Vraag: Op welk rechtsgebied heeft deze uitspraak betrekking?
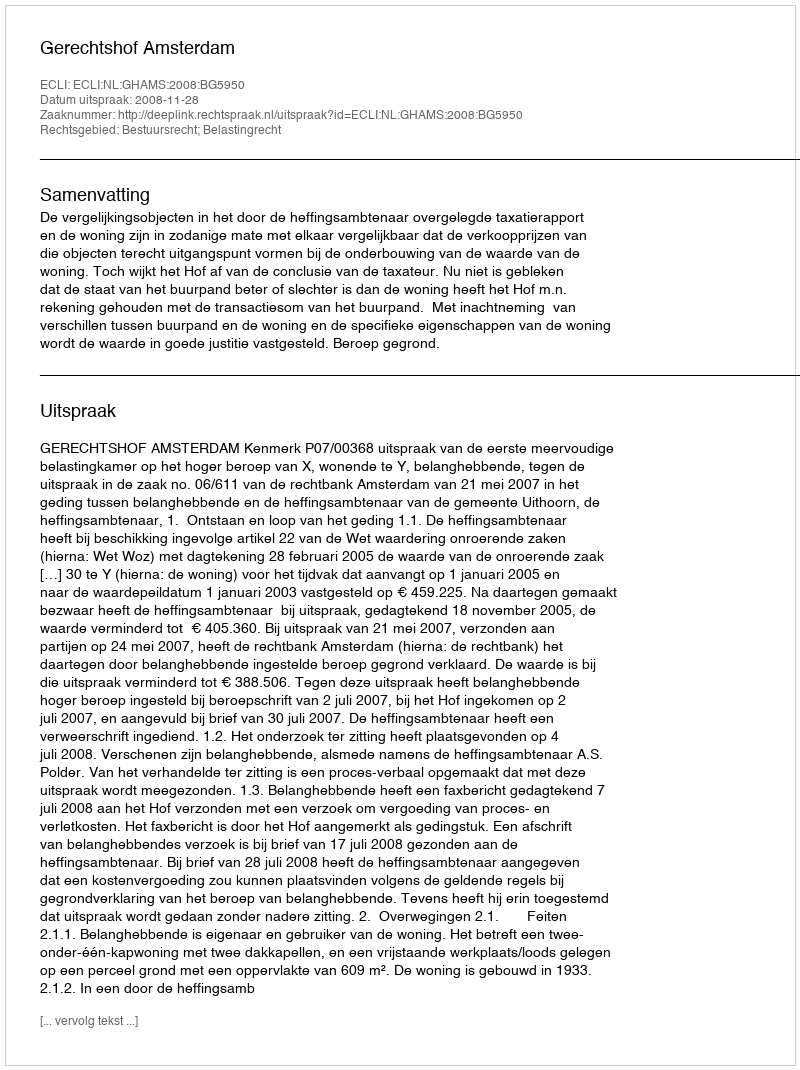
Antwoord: Bestuursrecht; Belastingrecht